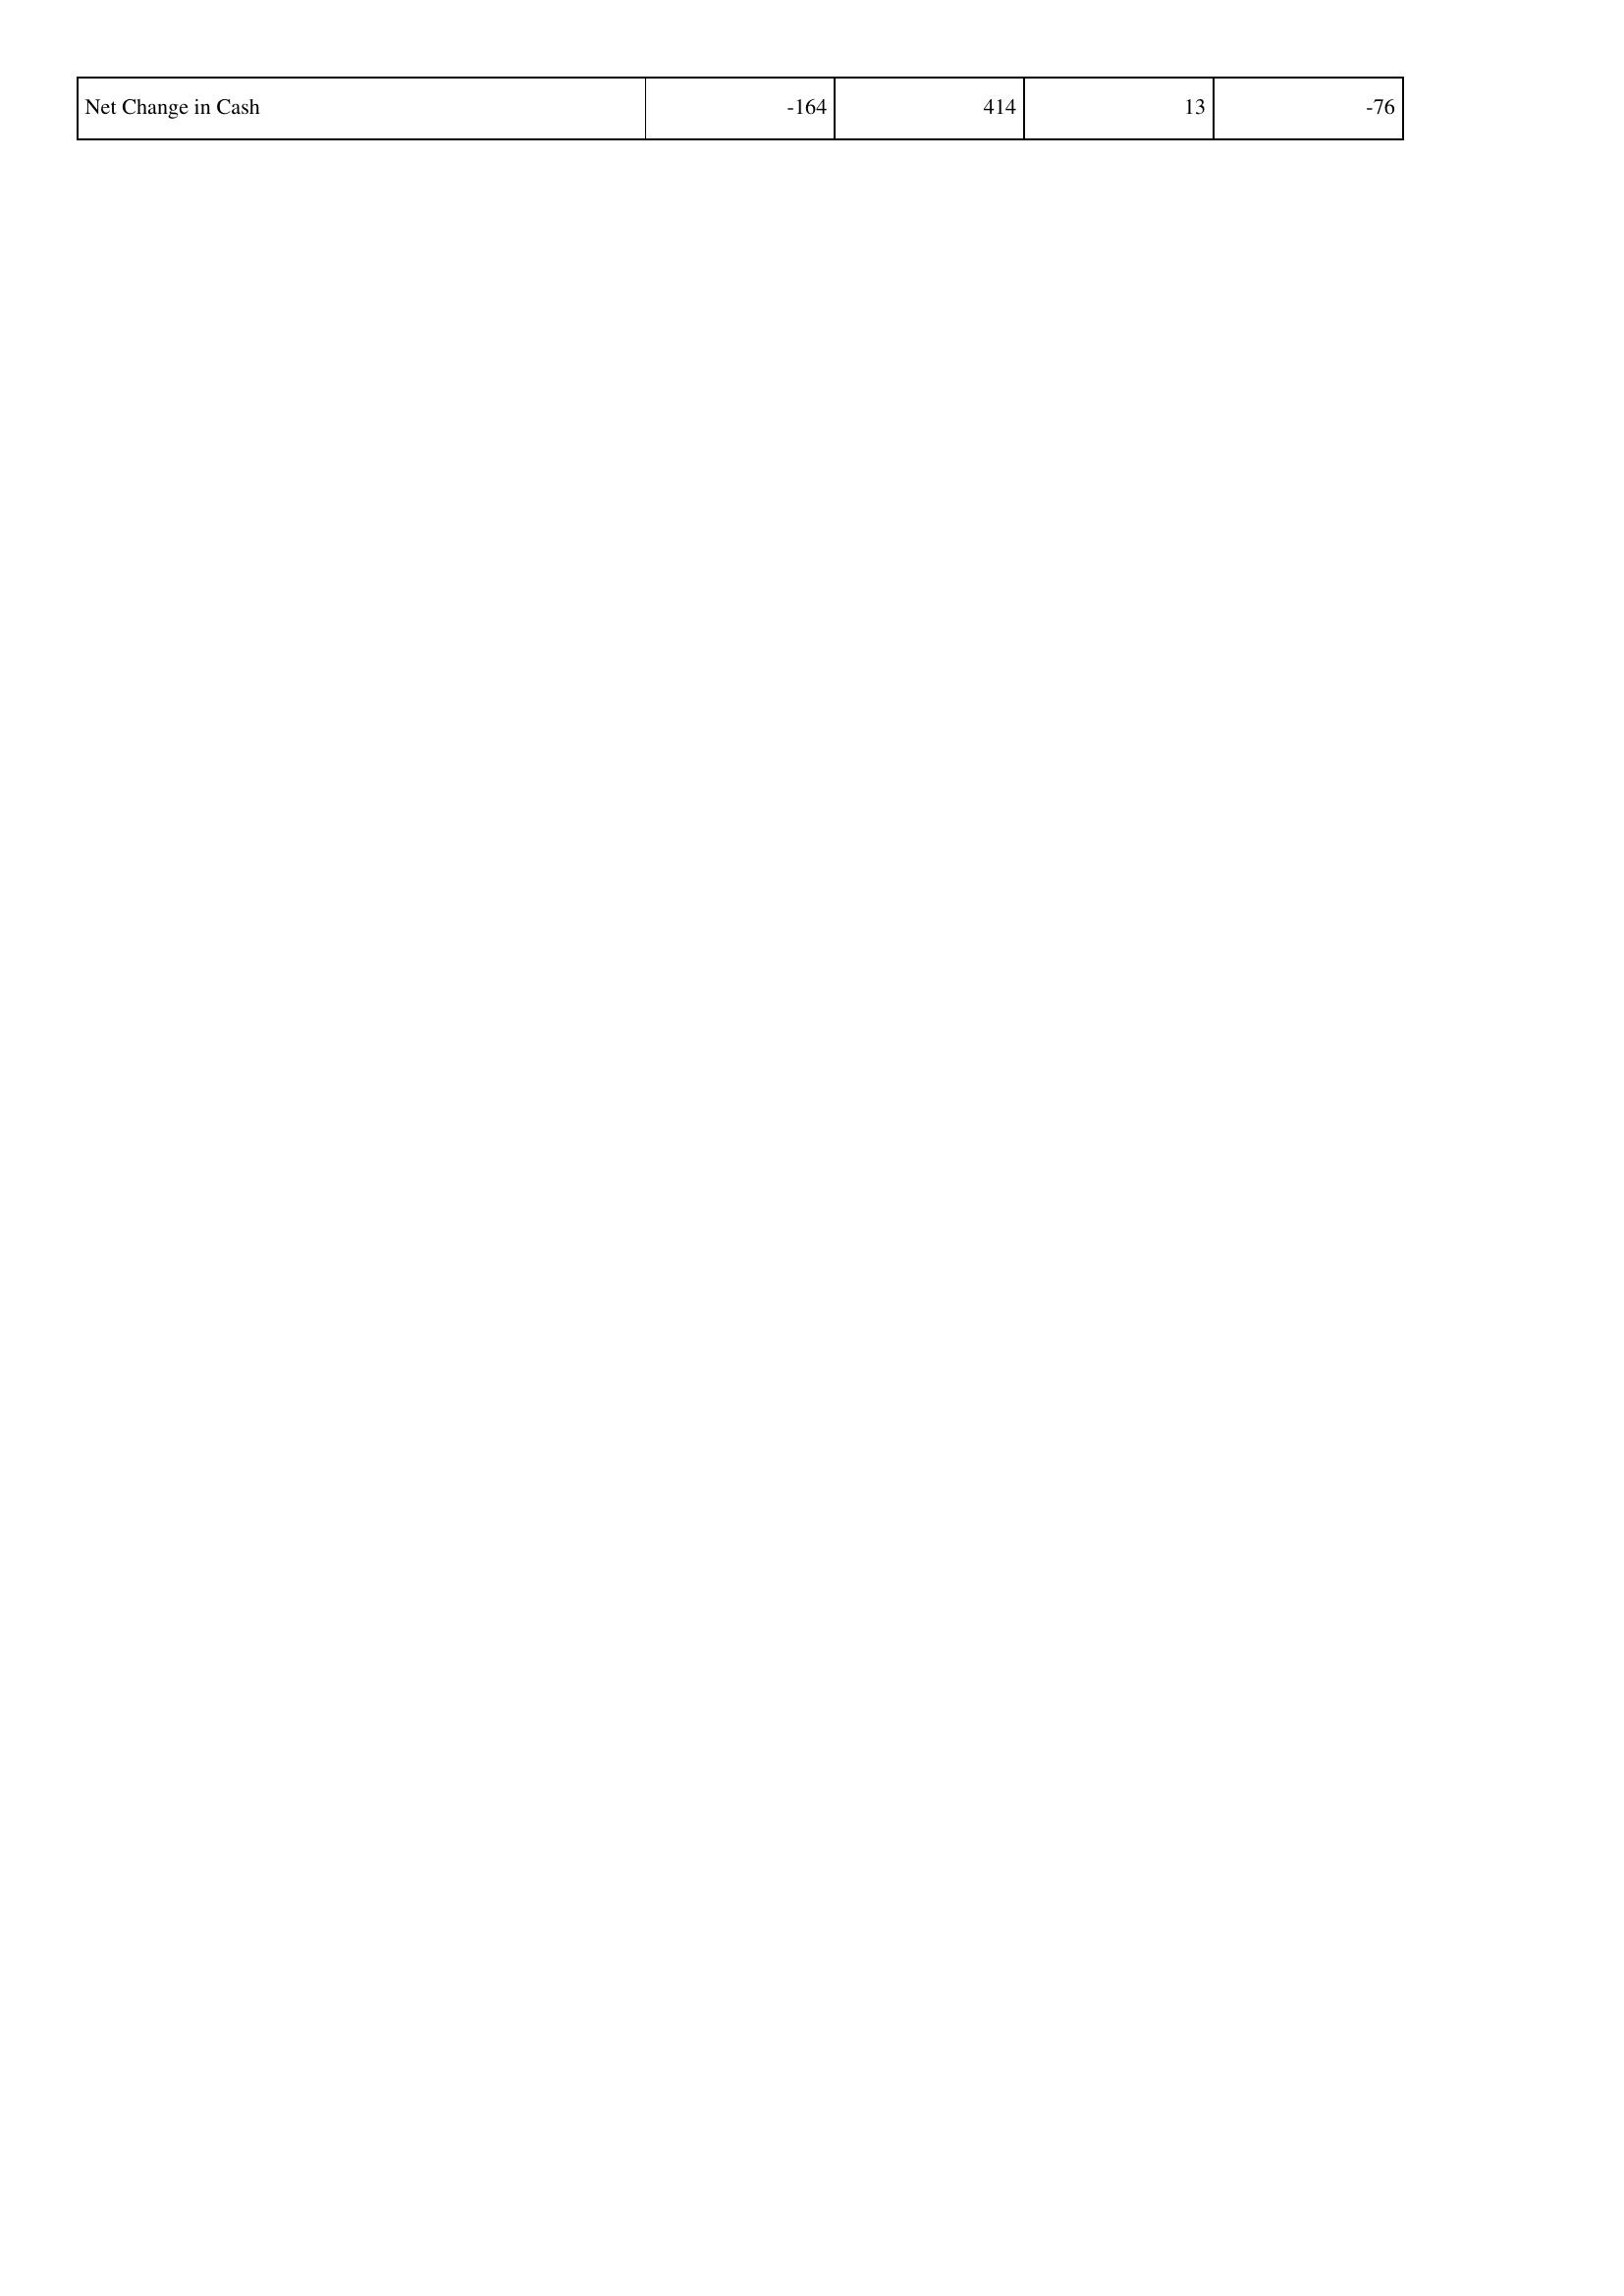
2011: Financing Activities: Net Change in Cash: -164
2012: Financing Activities: Net Change in Cash: 414
2013: Financing Activities: Net Change in Cash: 13
2014: Financing Activities: Net Change in Cash: -76